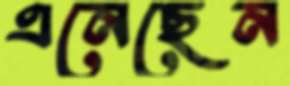
এনেছেন